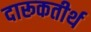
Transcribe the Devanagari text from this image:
दारूकतीर्थ